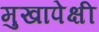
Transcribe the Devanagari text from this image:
मुखापेक्षी